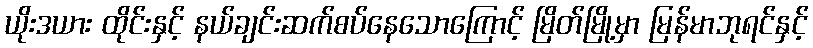
ယိုးဒယား ထိုင်းနှင့် နယ်ချင်းဆက်စပ်နေသောကြောင့် မြိတ်မြို့မှာ မြန်မာဘုရင်နှင့်